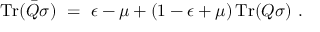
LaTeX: \operatorname { T r } ( { \bar { Q } } \sigma ) ~ = ~ \epsilon - \mu + ( 1 - \epsilon + \mu ) \operatorname { T r } ( Q \sigma ) ~ .